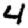
Digit: 4